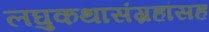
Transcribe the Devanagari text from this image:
लघुकथासंग्रहांसह